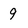
Character: 9